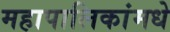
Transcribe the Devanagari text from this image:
महापालिकांमधे